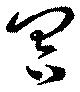
冥